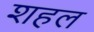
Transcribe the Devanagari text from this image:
शहल